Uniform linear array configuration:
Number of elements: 16
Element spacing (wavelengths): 0.5
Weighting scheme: blackman
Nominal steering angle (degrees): -45
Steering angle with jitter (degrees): -43.009
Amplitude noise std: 0.05
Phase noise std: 0.05

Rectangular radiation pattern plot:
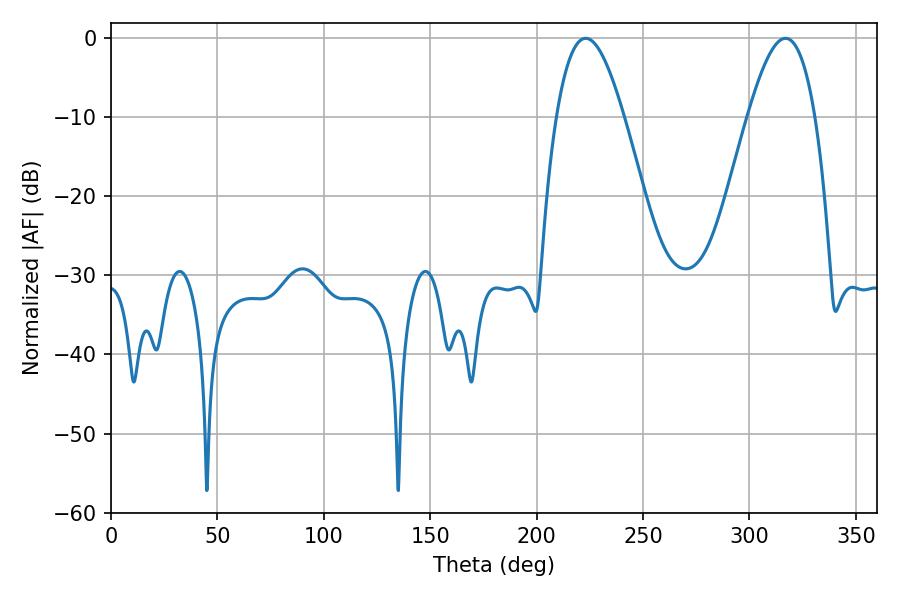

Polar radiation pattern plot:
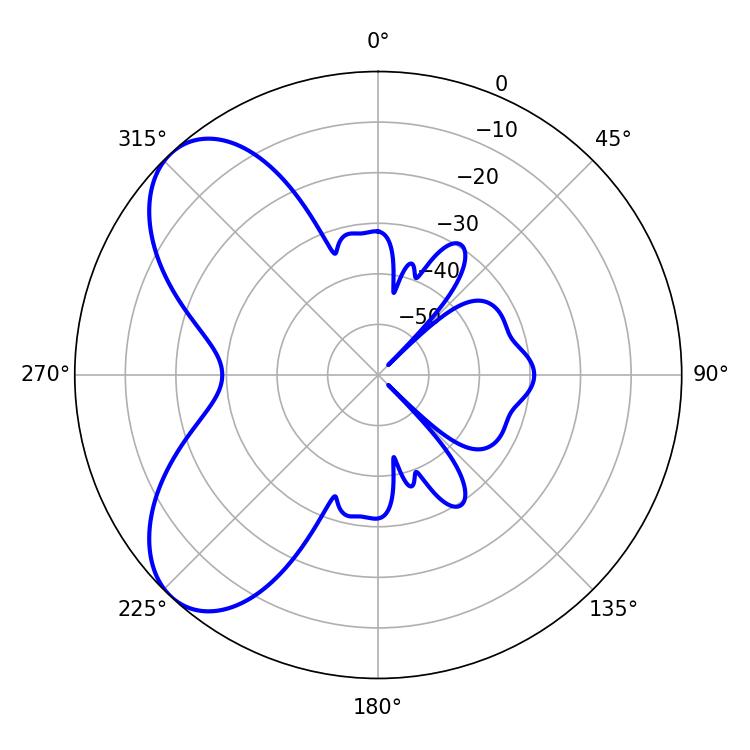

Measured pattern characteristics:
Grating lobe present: FALSE
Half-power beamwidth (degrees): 17.28
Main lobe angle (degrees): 223.02